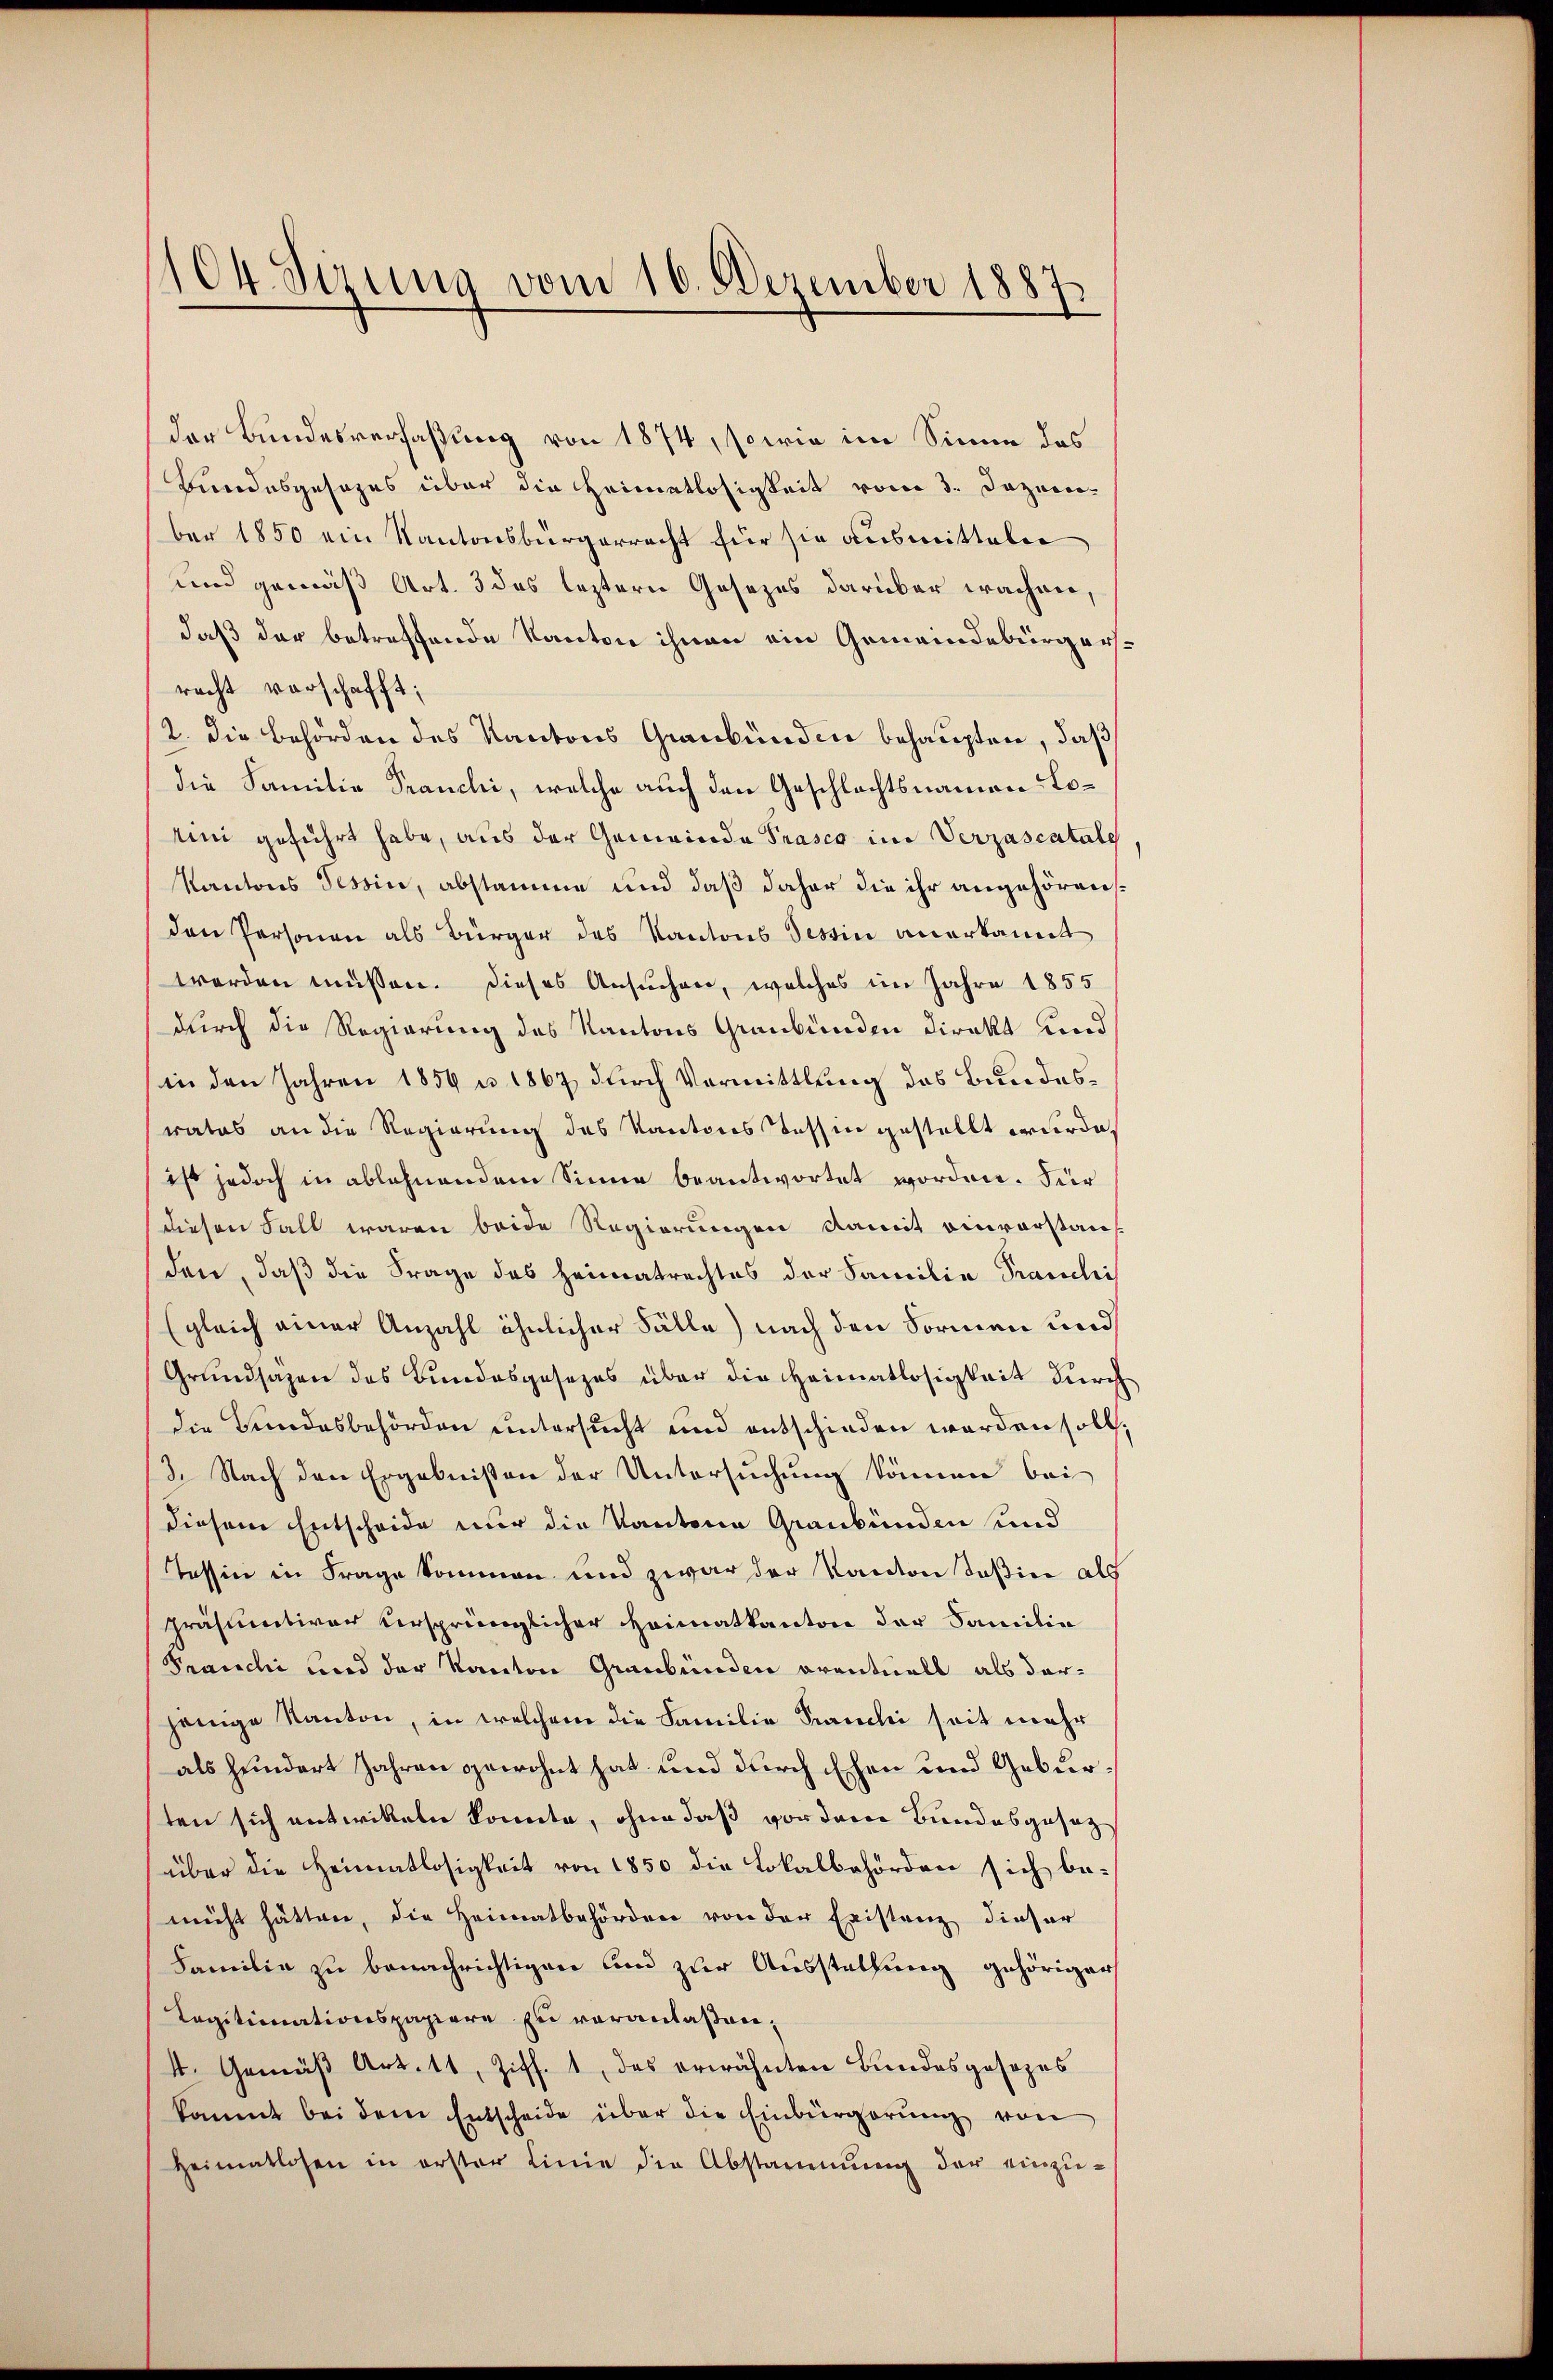
104. Sirung vom 16. Dezember 1882
d

der Bundesverfaßung von 1874, sowie im Sinne des
Bundesgesezes über die Heimatlosigkeit vom 3. Dezem-
ber 1850 ein Kantonsbürgerrecht für sie ausmitteln
und gemäß Art. 3 des leztern Gesezes darüber wachen,
daß der betreffende Kanton ihnen ein Gemeindebürgerrecht verschafft;
12. die Behörden des Kantons Graubünden behaupten, daß
die Familie Pranchi, welche auch den Geschlechtsnamen Lotini geführt habe, aus der Gemeinde Prasco im Verzascatale
Kantons Tessin, abstamme und daß daher die ihr angehören.
den Personen als Bürger des Kantons Tessin anerkannt
werden müssen. Dieses Ansuchen, welches im Jahre 1855
durch die Regierung des Kantons Graubünden Direkt und
in den Jahren 1859 u 1867 durch Vermittlung des Bundesrates an die Regierung des Kantons Tessin gestellt wurde
ist jedoch in ablehnendem Sinne beantwortet worden. Für
diesen Fall waren beide Regierungen damit einvorstauf
den, daß die Frage des Heimatrechtes der Familie Tranchi
(gleich einer Anzahl ähnlicher Fälle) nach den Formen und
Grundsazen des Bundesgesezes über die Heimatlosigkeit durch
die Bundesbehörden untersucht und entschieden worden soll.
3. Nach den Ergebnißen der Untersuchung können bei
diesem Entscheide nur die Kantone Graubünden und
Tessin in Frage kommen und zwar der Kanton Teßin als
präsumtiver ursprünglicher Heimatkanton der Familie
Franchi und der Kanton Graubünden eventuell als dar-
jenige Kanton, in welchem die Familie Franchi seit mehr
als hundert Jahren gewohnt hat und durch Ehen und Geburten sich entwitteln konnte, ohne daß vor dem Bundesgesezüber die Heimatlosigkeit von 1850 die Lokalbehörden sich bemacht hätten, die Heimatbehörden von der Existanz dieser
Familie zu benachrichtigen und zur Ausstellung gehöriger
Tagitimationspapiere zu veranlaßen,
4. Gemäß Art. 11, Ziff. 1, das erwähnten Bundesgesezes
kommt bei dem Entscheide über die Einbürgerung von
Heimatlosen in erster Linie die Abstamenŭng der einzŭ-